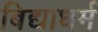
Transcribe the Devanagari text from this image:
बिद्याधर्म